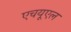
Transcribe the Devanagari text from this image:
एचयूएल